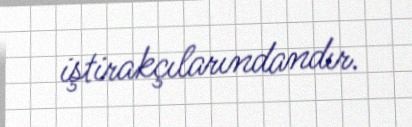
iştirakçılarındandır.